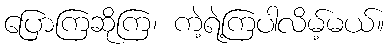
ပြောကြဆိုကြ၊ ကဲ့ရဲ့ကြပါလိမ့်မယ်။